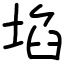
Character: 埳